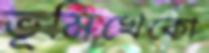
ভূমিখেকো